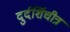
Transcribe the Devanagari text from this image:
दुर्दर्शिचीत्र